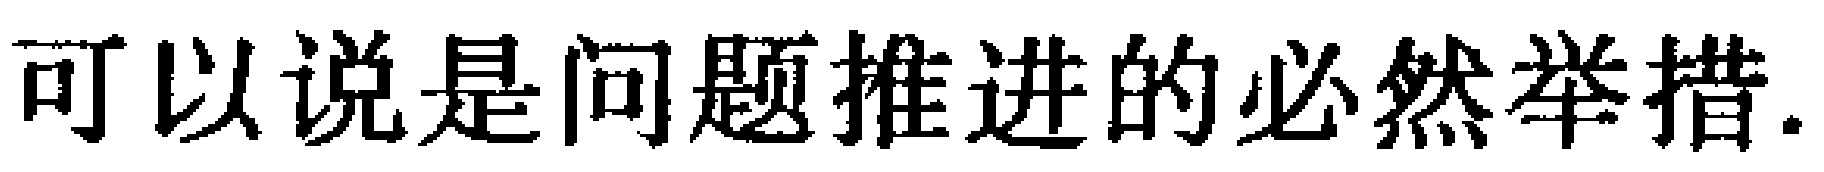
可以说是问题推进的必然举措.